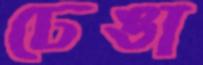
ঢেঙা